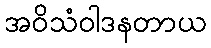
အဝိသံဝါဒနတာယ